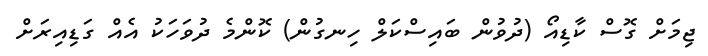
ޖިމަށް ގޮސް ކާޑިއޯ (ދުވުން ބައިސްކަލް ހިނގުން) ކޮންމެ ދުވަހަކު އެއް ގަޑިއިރަށް